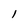
Character: l